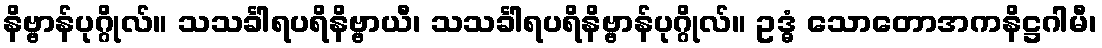
နိဗ္ဗာန်ပုဂ္ဂိုလ်။ သသင်္ခါရပရိနိဗ္ဗာယီ၊ သသင်္ခါရပရိနိဗ္ဗာန်ပုဂ္ဂိုလ်။ ဥဒ္ဓံ သောတောအကနိဋ္ဌဂါမီ၊